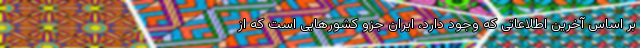
بر اساس آخرین اطلاعاتی که وجود دارد، ایران جزو کشورهایی است که از